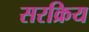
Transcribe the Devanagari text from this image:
सरक्रिय